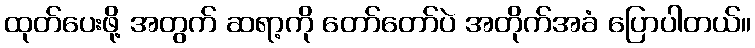
ထုတ်ပေးဖို့ အတွက် ဆရာ့ကို တော်တော်ပဲ အတိုက်အခံ ပြောပါတယ်။